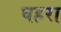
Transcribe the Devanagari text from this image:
घहरा